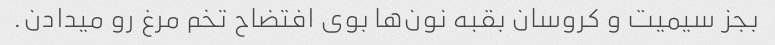
بجز سیمیت و کروسان بقبه نون‌ها بوی افتضاح تخم مرغ رو میدادن.